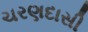
ચરણદાસી